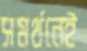
সমর্থনেই